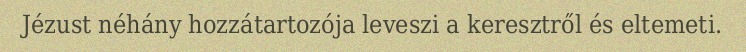
Jézust néhány hozzátartozója leveszi a keresztről és eltemeti.